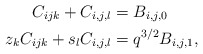
\begin{align*}C_{ijk}+C_{i,j,l}&=B_{i,j,0}\\z_kC_{ijk}+s_lC_{i,j,l}&=q^{3/2}B_{i,j,1},\end{align*}